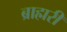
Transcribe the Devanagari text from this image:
ब्राह्मरी